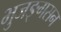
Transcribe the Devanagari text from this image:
भुजङ्गसन